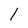
Character: l